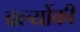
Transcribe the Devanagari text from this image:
क्ल्योंकी